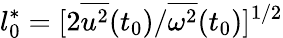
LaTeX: l_{0}^{*}=[2{\overline{{u^{2}}}}(t_{0})/{\overline{{\omega^{2}}}}(t_{0})]^{1/2}